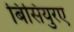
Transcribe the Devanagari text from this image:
बिसियुरए